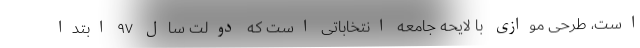
است، طرحی موازی با لایحه جامعه انتخاباتی است که دولت سال ۹۷ ابتدا